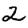
Digit: 2